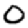
Digit: 0